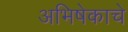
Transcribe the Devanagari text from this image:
अभिषेकाचे